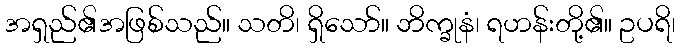
အရှည်၏အဖြစ်သည်။ သတိ၊ ရှိသော်။ ဘိက္ခုနံ၊ ရဟန်းတို့၏။ ဥပရိ၊